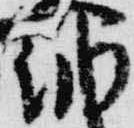
納